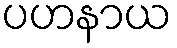
ပဟနာယ